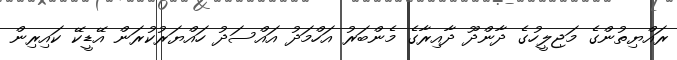
ރައްޔިތުންގެ މަޖިލީހުގެ ދާންދޫ ދާއިރާގެ މެންބަރު އަހްމަދު އައްސަދު ހައްޔަރުކުރަން އޭޑީކޭ ކައިރިން